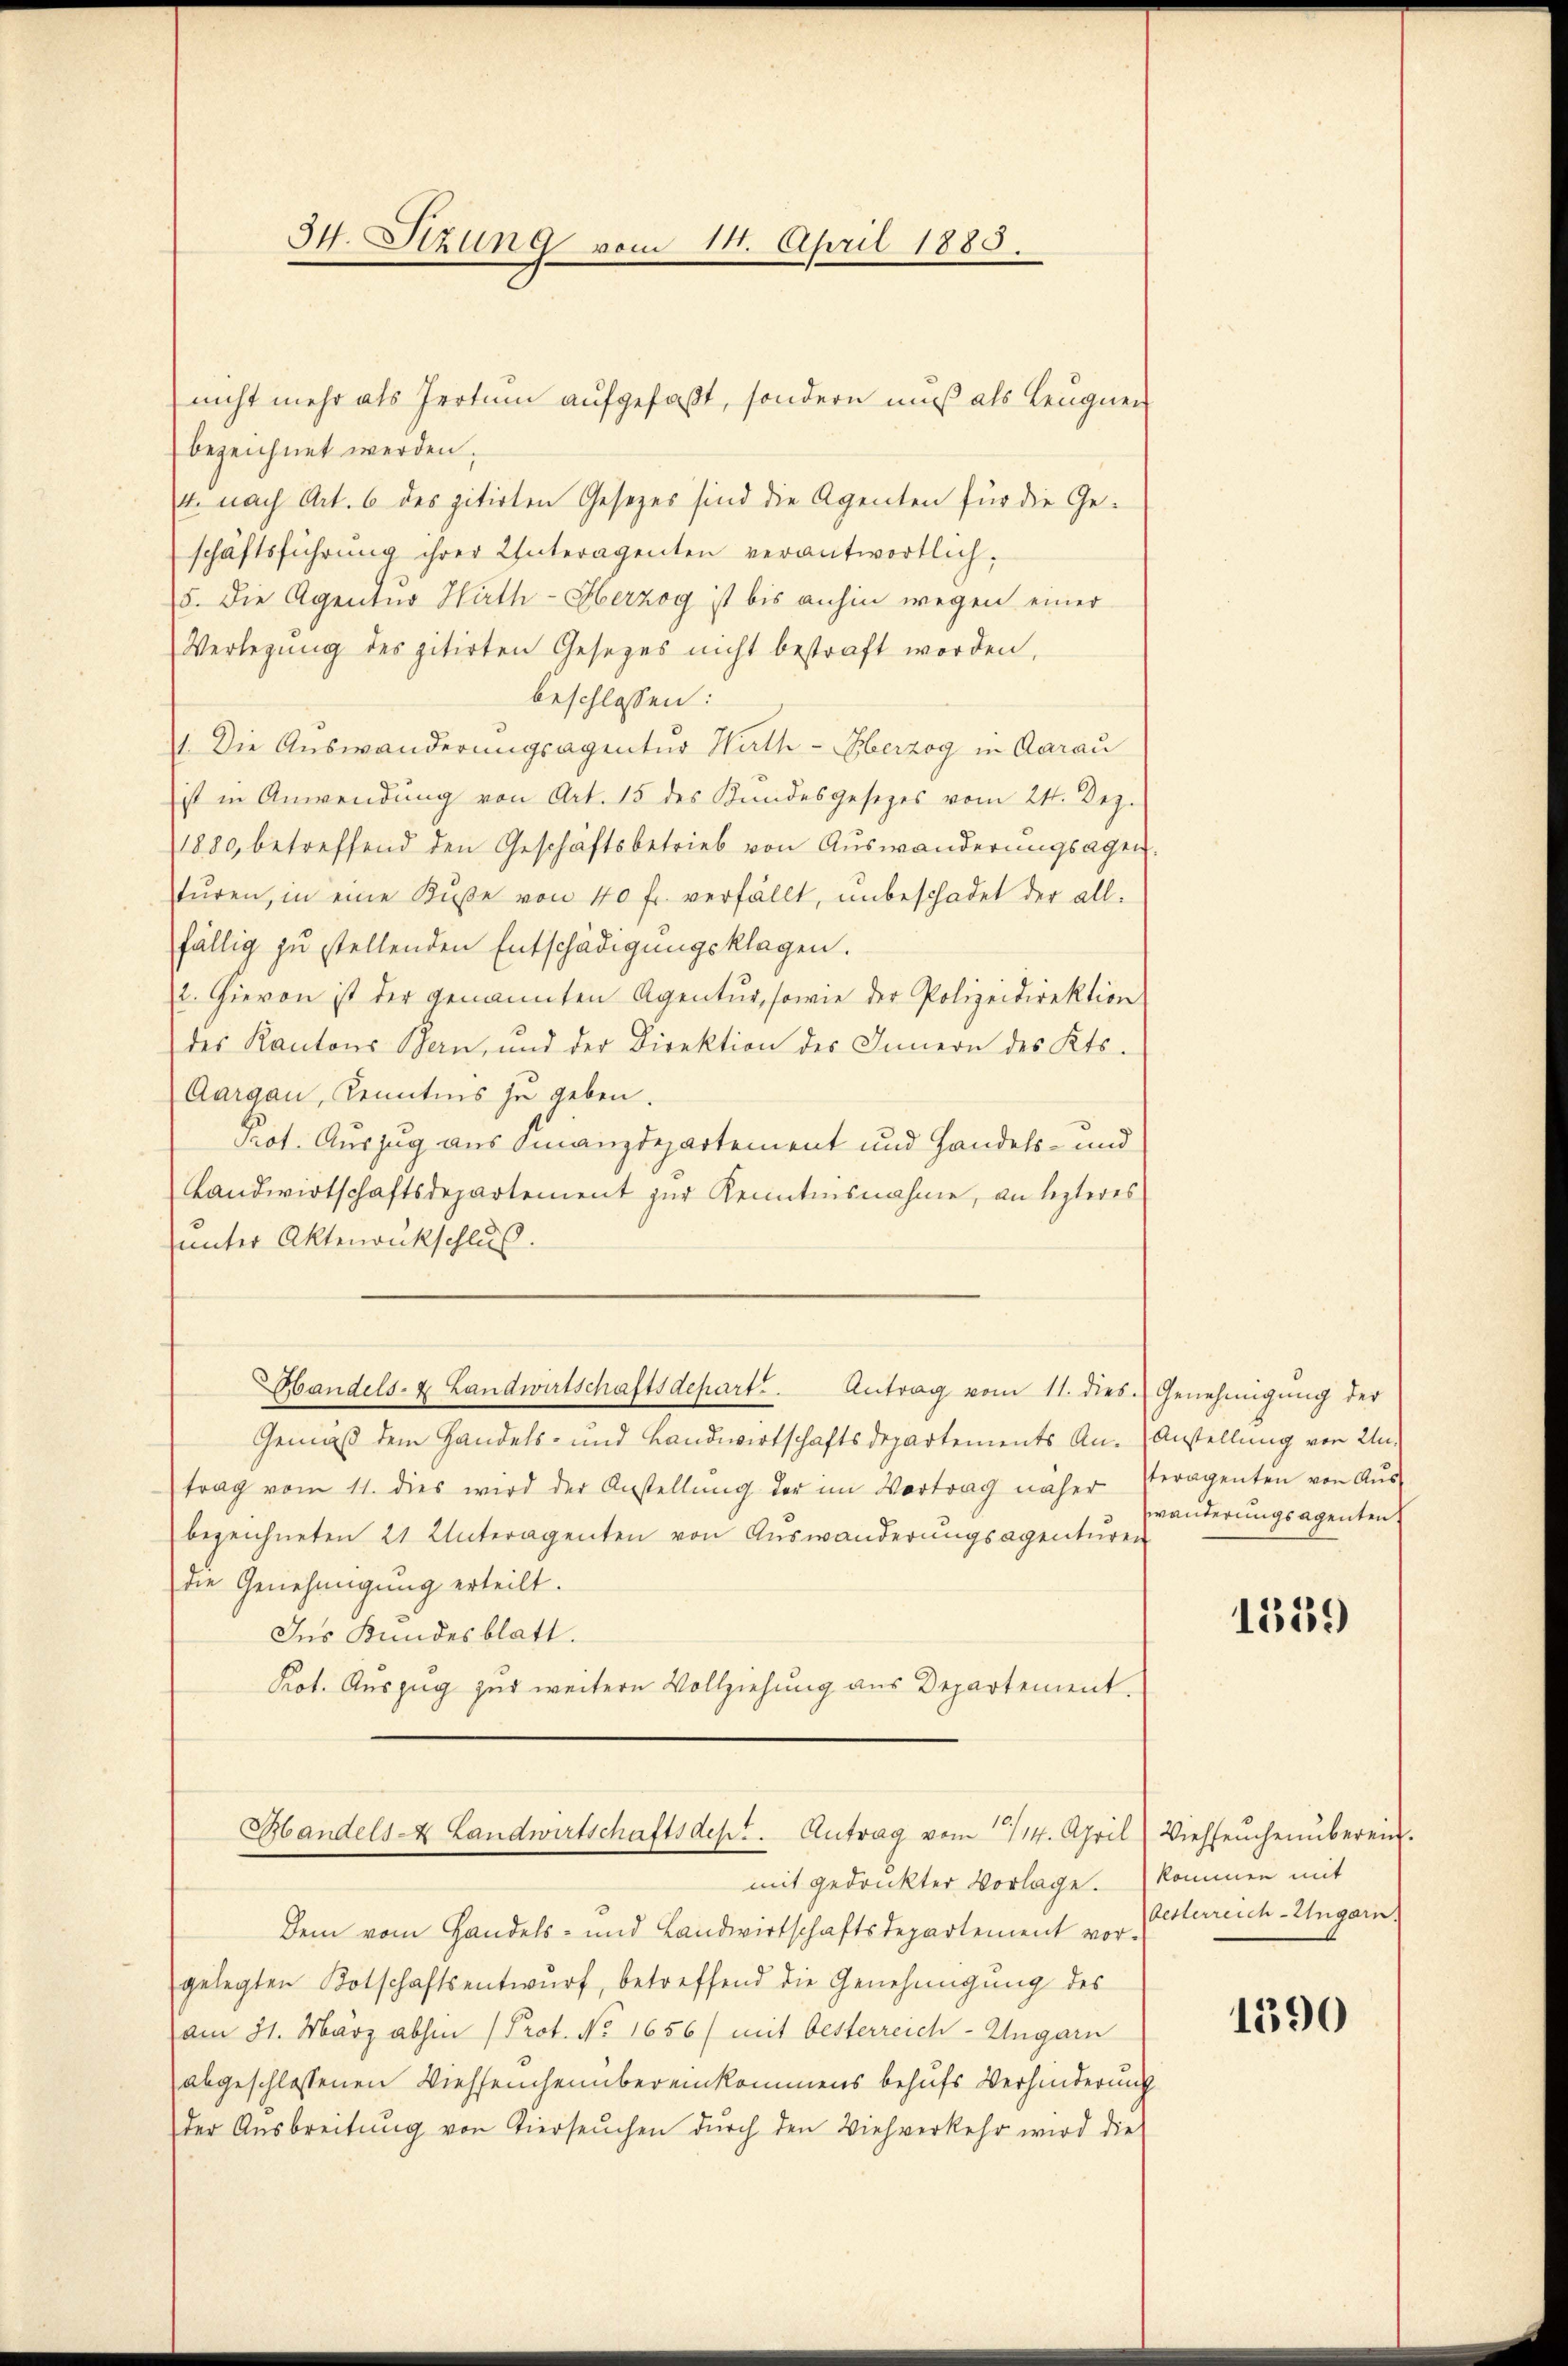
34. Stzung vom 14. April 1885.

nicht mehr als Irrtum aufgefaßt, sondern muß als Leugnen
bezeichnet werden.
4. nach Art. 6 des zitirten Gesetzes sind die Agenten für die Geschäftsführung ihrer Unteragenten verantwortlich.
5. Die Agentur Hirth - Herzog ist bis anhin wegen einer
Verlegŭng des zitirten Gesetzes nicht bestraft worden,
beschlossen:
1. Die Auswanderungsagentur Wirth-Eberzog in Aarau
ist in Anwendung von Art. 15 des Kundesgesetzes vom 24. Dez.
1880, betreffend den Geschäftsbetrieb von Auswanderungsagen.
tŭren, in eine Bŭβe von 40 fr. verfällt, unbeschadet der all-
fällig zu stellenden Entschädigungsklagen.
2. Hievon ist der genannten Agentur, sowie der Polizeidirektion
des Kantons Bern, und der Direktion des Innern des Kts.
Aargau, Kenntnis zu geben.
Prot. Auszug aus Finanzdepartement und Handels- und
Landwirtschaftsdepartement zur Kenntnisnahme, an lezteres
unter Aktenrukschluß.
Handels- & Landwirtschaftsdepart. Antrag vom 11. dies Genehmigŭng der
Gemäß dem Handels- und Landwirtschaftsdepartements An-Anstellung von Untrag vom 11. dies wird der Anstellŭng der im Vertrag näher Peragenten von Aŭs-
bezeichneten 21 Unteragenten von Auswanderungsagenturen
die Genehmigung erteilt.
Ins Kundesblatt.
Prot. Auszug zur weitere Vollziehung aus Departement.
Handels- Landwirtschaftsdep. Antrag vom 14. April) Viehseuchenüberei.
mit gedrukter Vorlage. (Kommen mit
Dem vom Handels- und Landwirtschaftsdepartement vor-
gelegten Botschaftsentwŭrf, betreffend die Genehmigŭng des
am 31. März abhin (Prot. No. 1656/ mit Oesterreich-Ungarn
abgeschlossenen Viehseucheinbereinkommens behufs Verhinderung
der Aŭsbreitŭng von Vierseŭchen dŭrch den Viehverkehr wird die

wanderungsagenten

1519)

Oesterreich-Ungarn.

1390